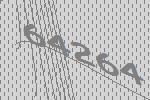
64264